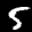
Label: 5